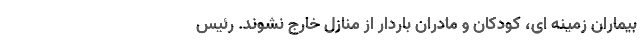
بیماران زمینه ای، کودکان و مادران باردار از منازل خارج نشوند. رئیس